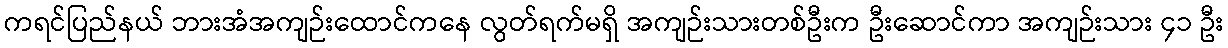
ကရင်ပြည်နယ် ဘားအံအကျဉ်းထောင်ကနေ လွတ်ရက်မရှိ အကျဉ်းသားတစ်ဦးက ဦးဆောင်ကာ အကျဉ်းသား ၄၁ ဦး